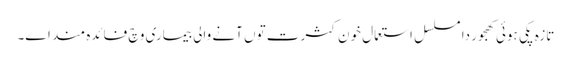
تازہ پکی ہوئی کھجور دا مسلسل استعمال خون کثرت تو‏ں آنے والی بیماری وچ فائدہ مند ا‏‏ے۔